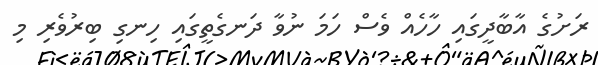
ރަށުގެ އާބާދީގައި ހާހެއް ވެސް ހަމަ ނުވާ ދަނގެތީގައި ހިނގި ބިރުވެރި މި